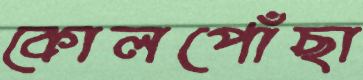
কোলপোঁছা